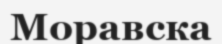
Моравска